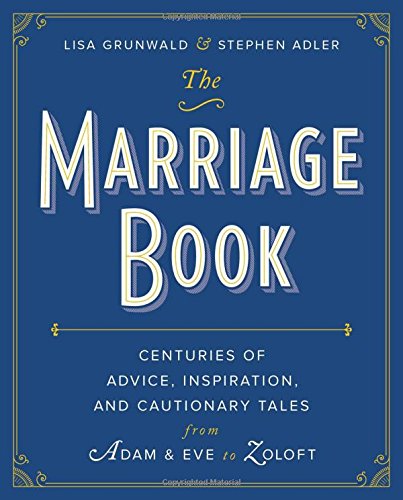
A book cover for The Marriage Book: Centuries of Advice, Inspiration, and Cautionary Tales from Adam and Eve to Zoloft; Lisa Grunwald; Crafts, Hobbies & Home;